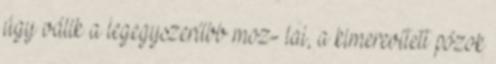
úgy válik a legegyszerűbb moz- lai, a kimerevített pózok